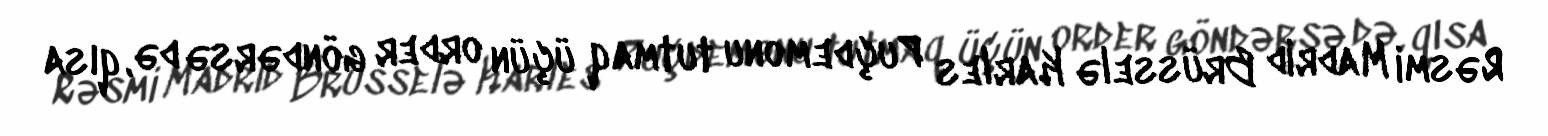
Rəsmi Madrid Brüsselə Karles Puçdemonu tutmaq üçün order göndərsə də, qısa